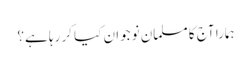
ہمارا آج کا مسلمان نوجوان کیا کر رہا ہے؟